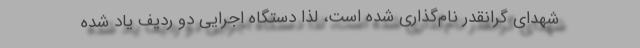
شهدای گرانقدر نام­گذاری شده است، لذا دستگاه اجرایی دو ردیف یاد شده